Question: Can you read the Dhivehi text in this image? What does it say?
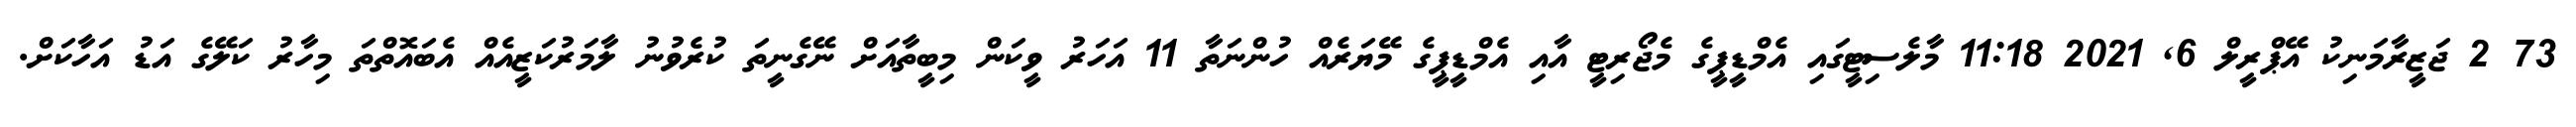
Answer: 73 2 ޖަޒީރާމަނިކު އޭޕްރީލް 6, 2021 11:18 މާލެސިޓީގައި އެމްޑީޕީގެ މެޖޯރިޓީ އާއި އެމްޑީޕީގެ މޭޔަރެއް ހުންނަތާ 11 އަހަރު ވީކަން މިބީތާއަށް ނޭގެނީތަ ކުރެވުނު ލާމަރުކަޒީއެއް އެބައޮތްތަ މިހާރު ކަލޭގެ އަޑު އަހާކަށް.